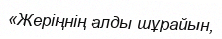
«Жеріңнің алды шұрайын,